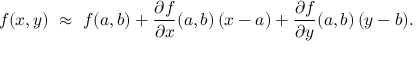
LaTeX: f ( x , y ) \ \approx \ f ( a , b ) + { \frac { \partial f } { \partial x } } ( a , b ) \, ( x - a ) + { \frac { \partial f } { \partial y } } ( a , b ) \, ( y - b ) .